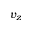
v _ { z }